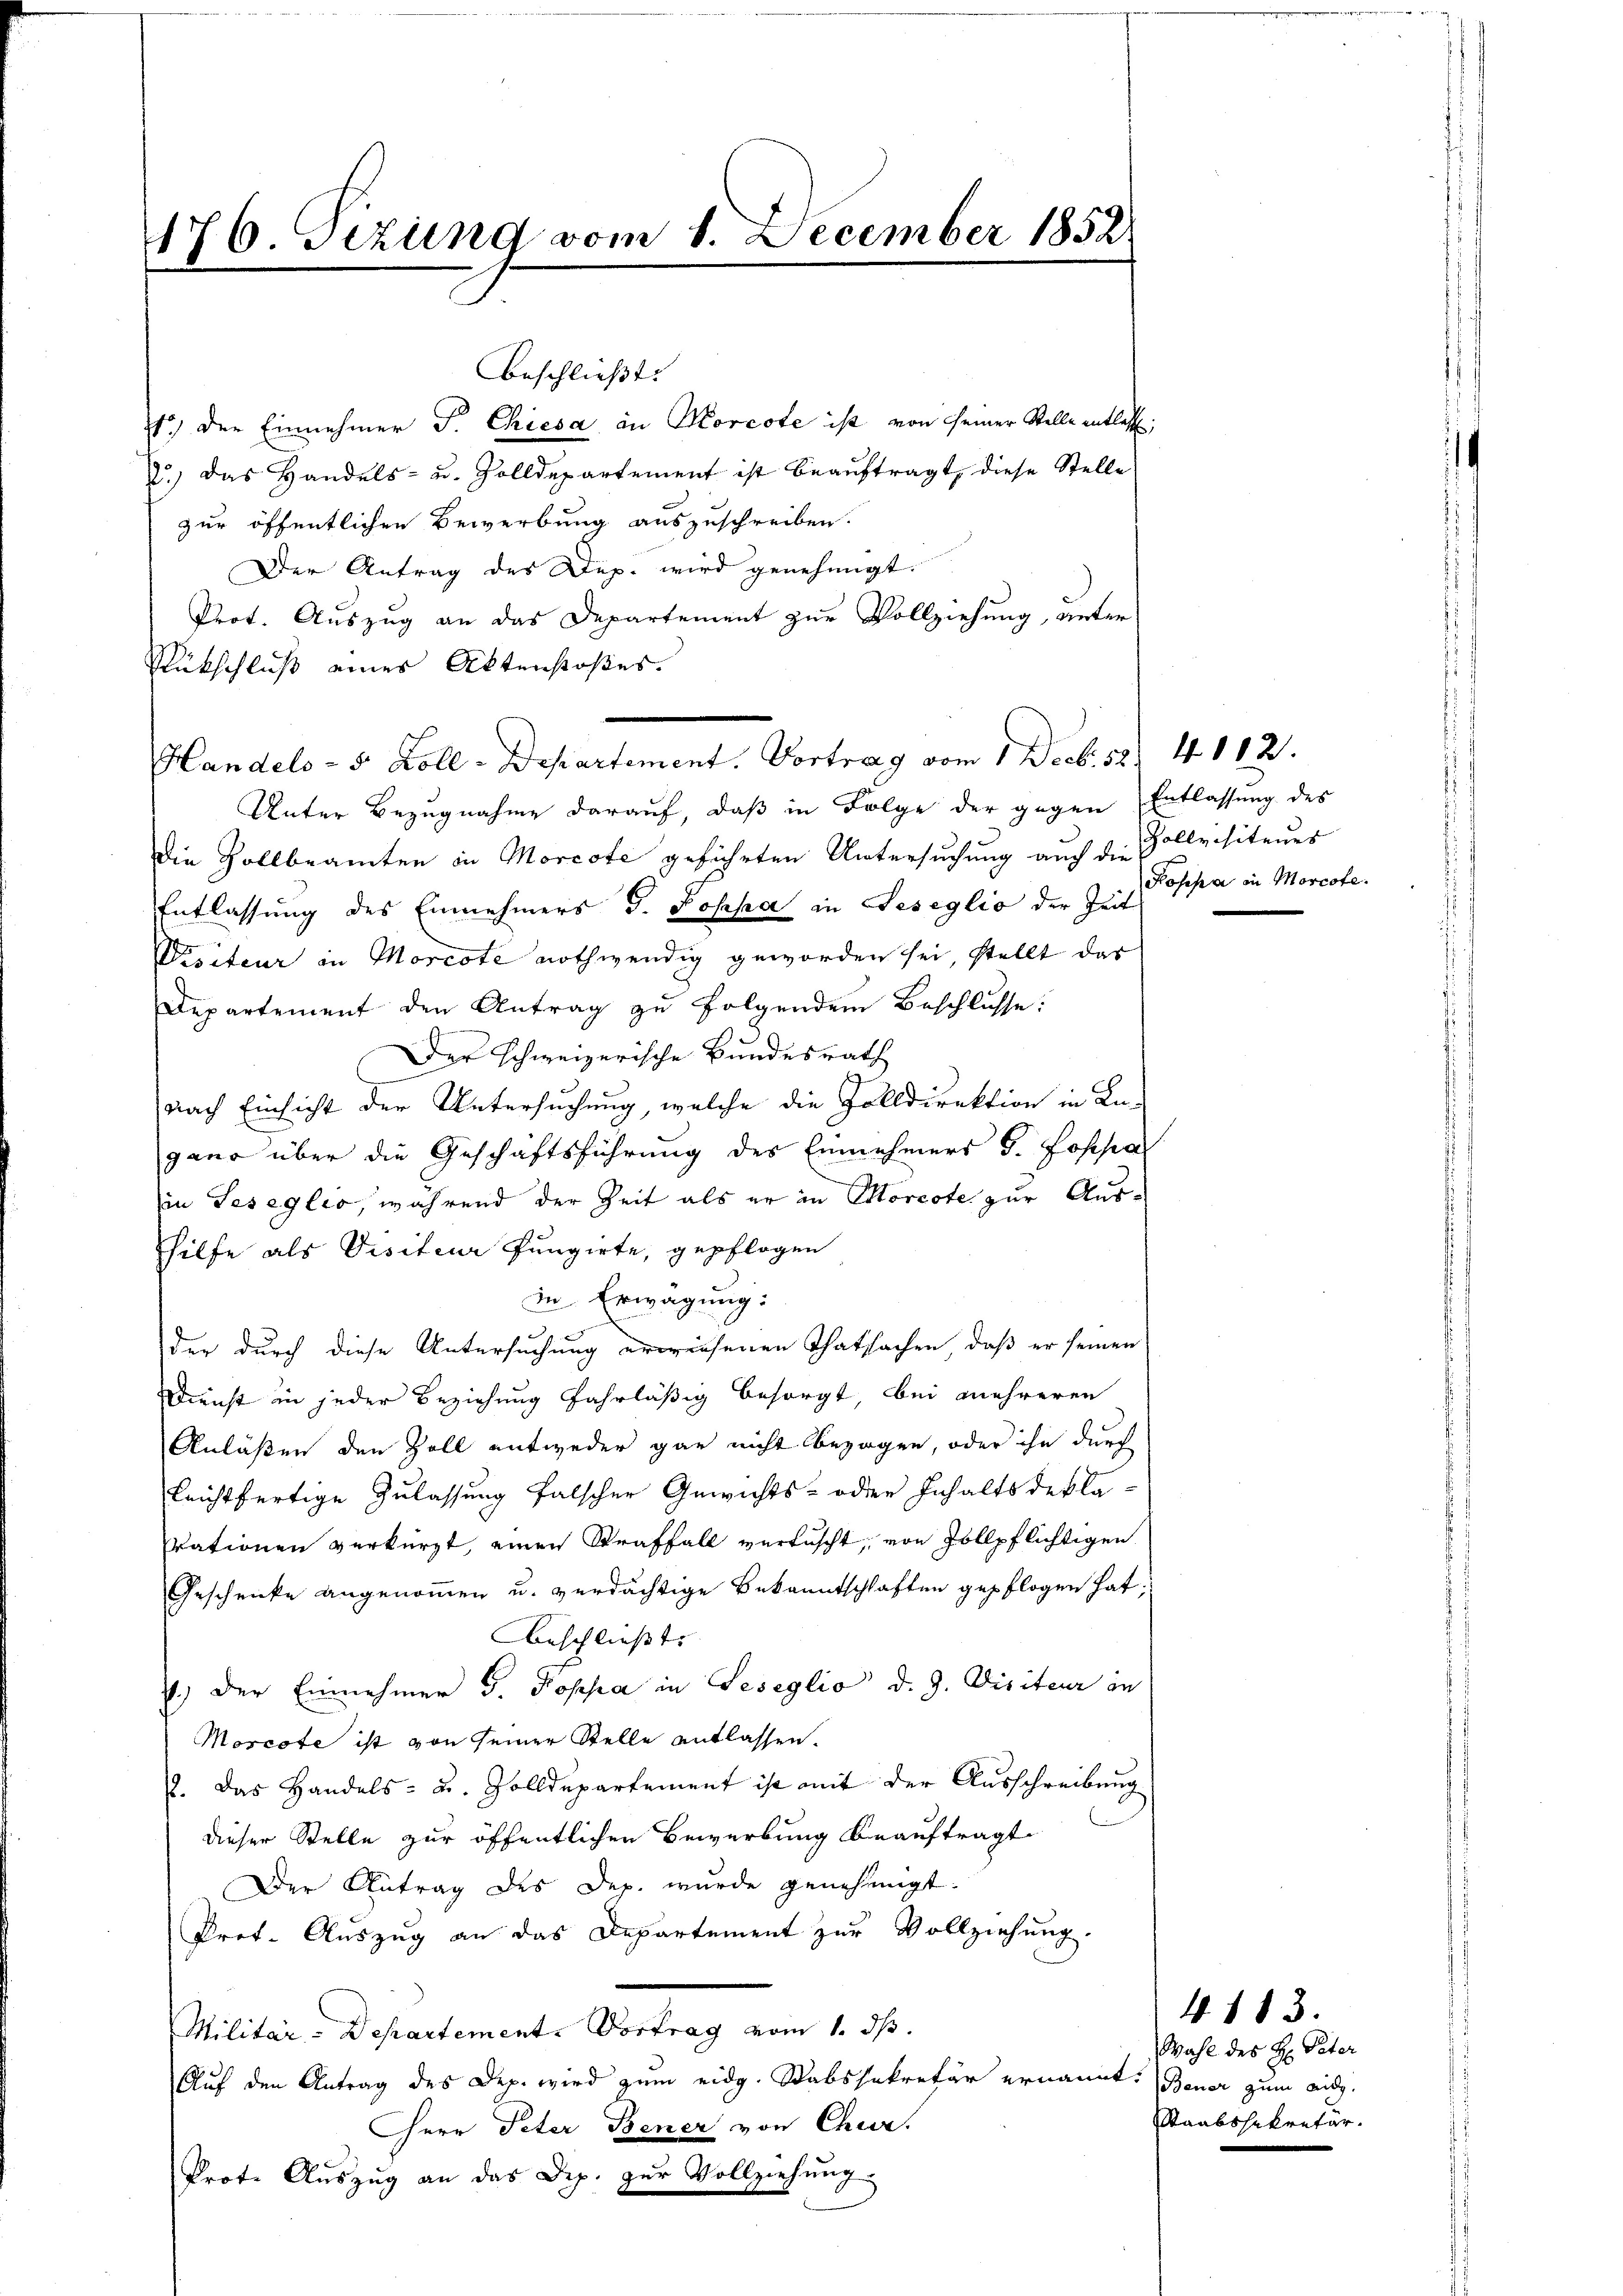
176. Tizung vom 1. December 1852.

t.) Der Einnehmer F. Chiesa an Morcote ist von seiner Stelle entlass,
2.) Das Handels- u. Zolldepartement ist beauftragt, diese Stelle
zur öffentlichen Bewerbung auszuschreiben.
Der Antrag des Dep. wird genehmigt.
Prot. Auszug an das Departement zur Vollziehung, unter
Rückschluß eines Aktenstoßes.
Unter Bezugnahme darauf, daß in Folge der gegen Entlassung des
die Zollbeamten in Morcote geführten Untersuchung auch die Zollvisiteurs
Entlassung des Einnehmers J. Poppa in Geseglio der Zeit
Visiteur in Morcote nothwendig geworden sei, stellt das
Departement den Antrag zu folgendem Beschlusse:
Der schweizerische Bundesrath
nach Einsicht der Untersuchung, welche die Zolldirektion in Lugano über die Geschäftsführung des Einnehmers S. Lospa
in Seseglio, während der Zeit als er in Morcote zur Aushilfe als Visiteur Pungirte, gepflogen
in Erwägung:
der durch diese Untersuchung erwiesenen Thatsachen, daß er seinen
Dienst in jeder Beziehung fahrläßig besorgt, bei mehreren
Anläßen den Zoll entweder gar nicht bezogen, oder ihn durch
leichtfertige Zulassung falscher Gewichts- oder Inhalts deklavationen verkürzt, einen Straffall verfuscht, von Zollpflichtigen
Geschencke angenommen u. verdächtige Bekanntschlaften gepflogen hat.
Anschließt. |
7.) Der Einnehmer J. Poppa in Geseglio d. J. Visiteur in
Morcote ist von seiner Stelle entlassen.
. Das Handels- u. Zolldepartement ist mit der Ausschreibung
dieser Stelle zur öffentlichen Bewerbung beauftragt.
Der Antrag des Dep. wurde genehmigt.
Prot. Auszug an das Departement zur Vollziehung.
Militär-Departement. Vortrag vom 1. ds.
Auf den Antrag des Dep. wird zum eidg. Stabssekretär ernannt: Bener zum eidg.
Herr Peter Bener von Chur.
Prote Auszug an das Dip. zŭr Vollziehung

beschließt:

Handels- 5 Zoll-Departement. Vortrag vom 1. Decb. 58. 4112.

Pospa in Morcote.

413.
Wahl des H: Peter
Staatssekretär.